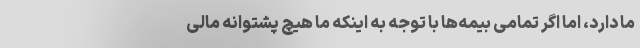
ما دارد، اما اگر تمامی بیمه‌ها با توجه به اینکه ما هیچ پشتوانه مالی